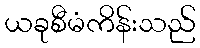
ယခုစီမံကိန်းသည်